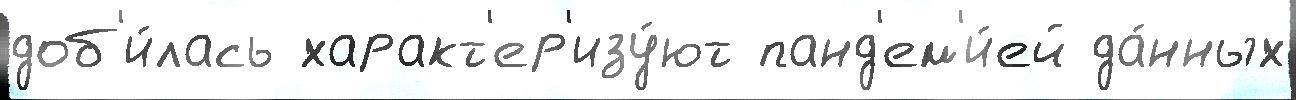
доб'и́лась характ'ер'изу́ют панд'ем'и́ей да́нных